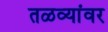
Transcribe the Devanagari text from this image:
तळव्यांवर